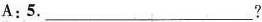
A:5___?